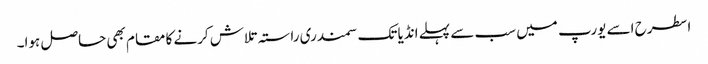
اسطرح اسے یورپ میں سب سے پہلے انڈیا تک سمندری راستہ تلاش کرنے کا مقام بھی حاصل ہوا۔